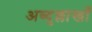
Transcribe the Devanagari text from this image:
अब्दुल्लाखाँ